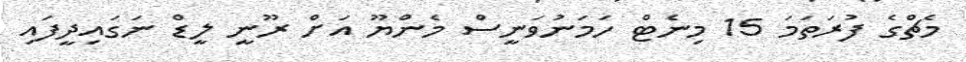
މެޗްގެ ފުރަތަމަ 15 މިނެޓް ހަމަނުވަނީސް މެންޔޫ އަށް ރޫނީ ލީޑް ނަގައިދީފައި